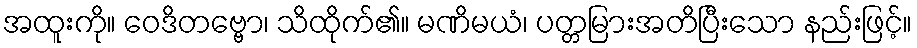
အထူးကို။ ဝေဒိတဗ္ဗော၊ သိထိုက်၏။ မဏိမယံ၊ ပတ္တမြားအတိပြီးသော နည်းဖြင့်။